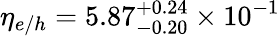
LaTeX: \eta_{e/h}=5.87_{-0.20}^{+0.24}\times 10^{-1}